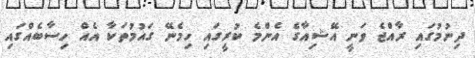
ދިނުމުގައި ރާއްޖެ ވަނީ އޭޝިއާގެ އެންމެ ކުރީގައި ހިމެނޭ ގައުމުތަކާ އެެއް ހިސާބެއްގައި